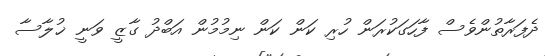
ދެފަރާތުންވެސް ފާހަގަކުރަން ހުރި ކަން ކަން ނިމުމުން އަބްދު ގާޒީ ވަނީ ޚުލާސާ